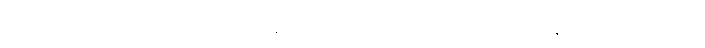
စစ်တွေမြို့တွင်ကျင်းပနေသည့် ကိန်းဘရစ်ချ်တက္ကသိုလ်မှ သေးငယ်လွန်း ရှင်တော်မူသည်